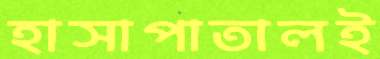
হাসাপাতালই